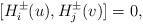
LaTeX: \begin{align*}[H_{i}^{\pm}(u),H_{j}^{\pm}(v)]=0,\end{align*}